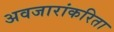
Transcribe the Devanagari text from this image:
अवजारांकरिता